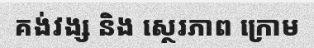
គង់វង្ស និង ស្ថេរភាព ក្រោម